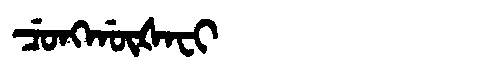
Manchu: ᠴᡠᠩᡤᡡᡧᠠᠸᡳ
Romanization: CUNGGŪŠAFI